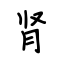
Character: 肾